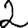
Digit: 2